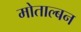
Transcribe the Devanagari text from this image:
मोताल्बन